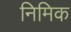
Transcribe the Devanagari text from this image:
निमिक